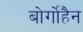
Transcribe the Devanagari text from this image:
बोर्गोहैन